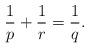
LaTeX: \begin{align*} \frac1p+\frac1r=\frac1q.\end{align*}